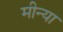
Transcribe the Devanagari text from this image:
मीन्या